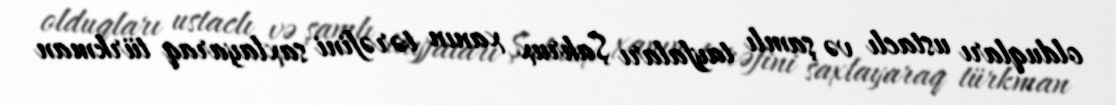
olduqları ustaclı və şamlı tayfaları Şahrux xanın tərəfini saxlayaraq türkman